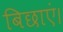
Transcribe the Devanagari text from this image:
बिछाएं।